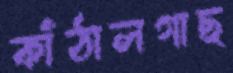
কাঁঠালগাছ